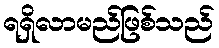
ရရှိလာမည်ဖြစ်သည်